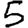
Digit: 5